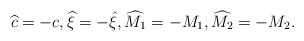
LaTeX: \begin{align*}\widehat{c} = - c, \widehat{\xi} = -\hat{\xi}, \widehat{M_1} = -M_1, \widehat{M_2} = -M_2.\end{align*}